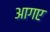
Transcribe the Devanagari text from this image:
आगए